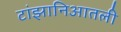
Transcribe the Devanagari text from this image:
टांझानिआतली